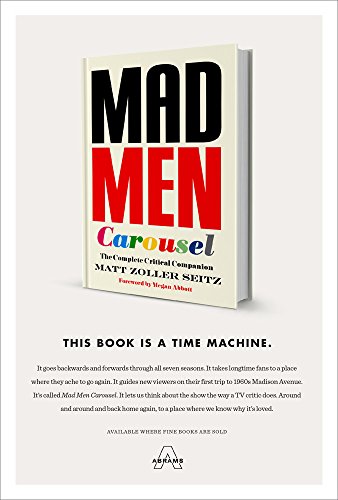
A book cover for Mad Men Carousel: The Complete Critical Companion; Matt Zoller Seitz; Humor & Entertainment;